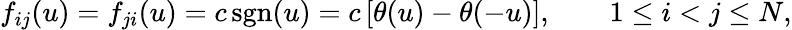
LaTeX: f_{ij}(u)=f_{ji}(u)=c\, \mathrm{sgn}(u)=c\, [\theta(u)-\theta(-u)],\qquad 1\le i<j\le N,